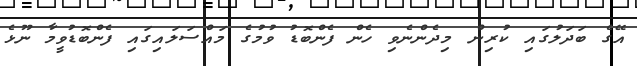
އޭގެ ބަދަލުގައި ކުރިން މިދެންނެވި ހެން ފެންބޮޑު ވުމުގެ މައްސަލައިގައި ފެންބޮޑުވީމާ ނޫޅެ